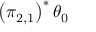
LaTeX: \left( \pi _ { 2 , 1 } \right) ^ { * } \theta _ { 0 }